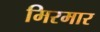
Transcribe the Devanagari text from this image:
मिरमार